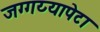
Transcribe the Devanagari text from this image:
जग्गय्यापेटा